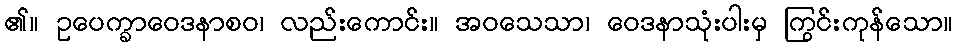
၏။ ဥပေက္ခာဝေဒနာစဝ၊ လည်းကောင်း။ အဝသေသာ၊ ဝေဒနာသုံးပါးမှ ကြွင်းကုန်သော။